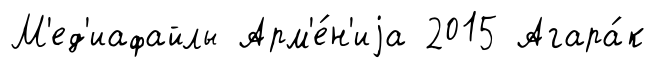
М'ед'иафайлы Арм'е́н'иjа 2015 Агара́к